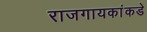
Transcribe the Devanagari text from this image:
राजगायकांकडे